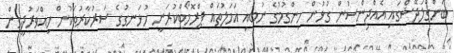
ބަންގްލަދޭޝްގައި އެއްޖިންސުން ގުޅުން ހިންގުމުގެ ނުބައި އަމަލުތައް ޕްރޮމޯޓްކުރަނީ ހުޅަނގުގެ ސަރުކާރުތަކުން ހިއްވަރުދީގެން